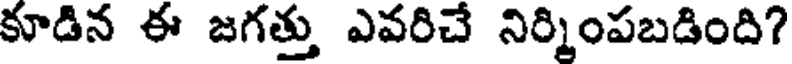
కూడిన ఈ జగత్తు ఎవరిచే నిర్మింపబడింది?